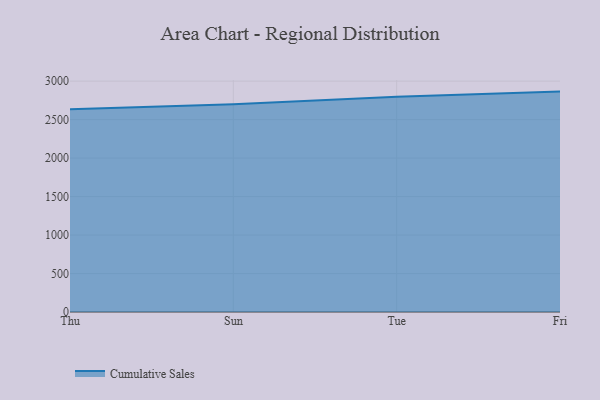
{"axis": {"x": "Day", "y": "Latency (ms)"}, "legend": ["Cumulative Sales"], "data": [{"x": "Thu", "y": 2632.9, "type": "Cumulative Sales"}, {"x": "Sun", "y": 2698.0, "type": "Cumulative Sales"}, {"x": "Tue", "y": 2797.7, "type": "Cumulative Sales"}, {"x": "Fri", "y": 2863.7, "type": "Cumulative Sales"}]}